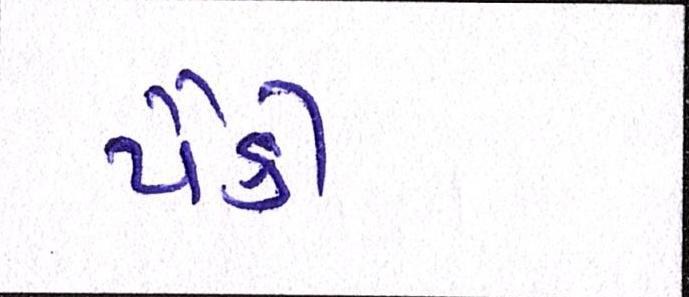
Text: પૈકી